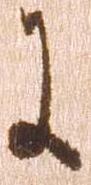
に